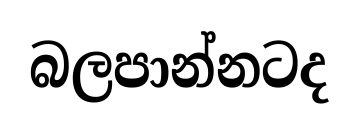
බලපාන්නටද